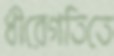
ধীরেগতিতে